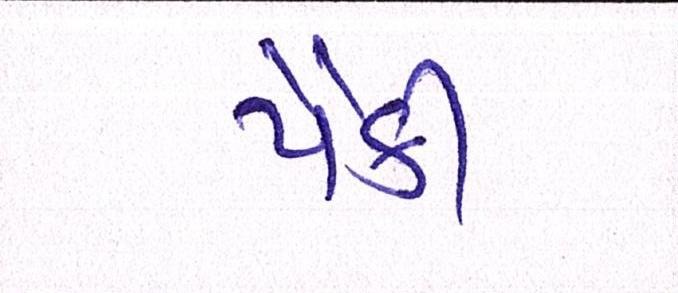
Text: પૈકી